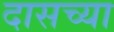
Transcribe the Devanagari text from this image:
दासच्या